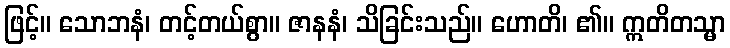
ဖြင့်။ သောဘနံ၊ တင့်တယ်စွာ။ ဇာနနံ၊ သိခြင်းသည်။ ဟောတိ၊ ၏။ ဣတိတသ္မာ